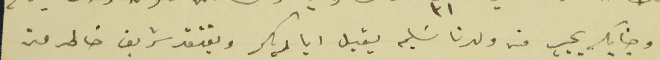
وجنابك يجيب من ولدنا سَليم يقبل اياديكم ويفتقد شريف خاطر من